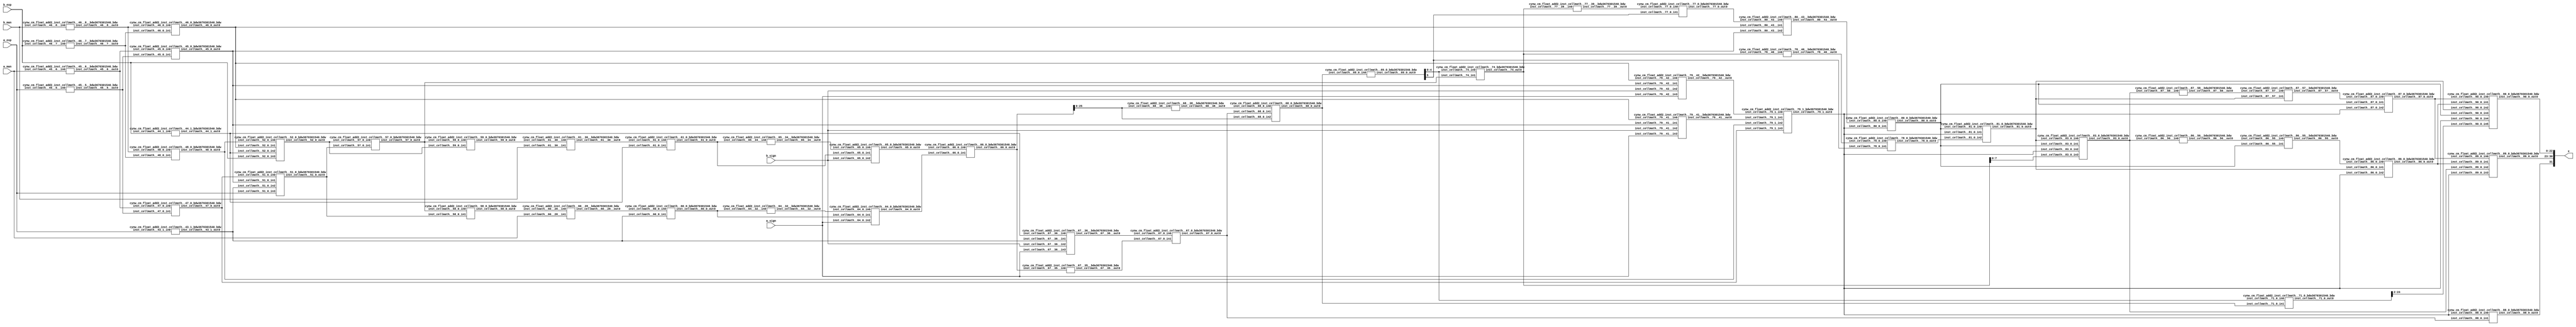
/*****************************************************************************
    Verilog Hierarchical RTL Description
    
    
    Created by: CellMath Designer 2019.1.01 
*******************************************************************************/

module DFT_compute_cynw_cm_float_add2_E8_M23_1 (
	a_sign,
	a_exp,
	a_man,
	b_sign,
	b_exp,
	b_man,
	x
	); /* architecture "behavioural" */ 
input  a_sign;
input [7:0] a_exp;
input [22:0] a_man;
input  b_sign;
input [7:0] b_exp;
input [22:0] b_man;
output [31:0] x;
wire  inst_cellmath__43,
	inst_cellmath__44,
	inst_cellmath__45,
	inst_cellmath__46,
	inst_cellmath__47,
	inst_cellmath__48;
wire [7:0] inst_cellmath__51,
	inst_cellmath__52;
wire [25:0] inst_cellmath__55,
	inst_cellmath__56;
wire [7:0] inst_cellmath__57,
	inst_cellmath__58,
	inst_cellmath__59;
wire [25:0] inst_cellmath__60,
	inst_cellmath__61;
wire [26:0] inst_cellmath__64,
	inst_cellmath__65,
	inst_cellmath__66;
wire  inst_cellmath__67;
wire [25:0] inst_cellmath__68;
wire [5:0] inst_cellmath__69;
wire [25:0] inst_cellmath__71;
wire  inst_cellmath__77,
	inst_cellmath__78,
	inst_cellmath__79,
	inst_cellmath__80,
	inst_cellmath__81;
wire [7:0] inst_cellmath__83;
wire  inst_cellmath__86,
	inst_cellmath__87,
	inst_cellmath__88;
wire [7:0] inst_cellmath__89;
wire [22:0] inst_cellmath__90;
wire [31:0] inst_cellmath__100;
wire [0:0] inst_cellmath__45__5,
	inst_cellmath__45__6,
	inst_cellmath__46__7,
	inst_cellmath__46__8;
wire [25:0] inst_cellmath__60__28,
	inst_cellmath__61__30;
wire [0:0] inst_cellmath__67__35,
	inst_cellmath__67__36;
wire [27:0] inst_cellmath__68__38;
wire [0:0] inst_cellmath__77__39,
	inst_cellmath__78__40,
	inst_cellmath__79__41,
	inst_cellmath__79__42,
	inst_cellmath__80__43,
	inst_cellmath__86__56,
	inst_cellmath__86__55,
	inst_cellmath__87__58,
	inst_cellmath__87__57;
wire [26:0] inst_cellmath__64__32_0,
	inst_cellmath__65__34_0;
wire [9:0] inst_cellmath__74_0;
wire [2:0] inst_cellmath__43_0,
	inst_cellmath__44_0,
	inst_cellmath__79_0,
	inst_cellmath__79_2;
wire [4:0] inst_cellmath__79_3;
cynw_cm_float_add2_inst_cellmath__46__7__bdw3670301540_bdw inst_cellmath__46__7__0(
	.inst_cellmath__46__7__out0(inst_cellmath__46__7),
	.inst_cellmath__46__7__in0(b_exp)
	) ;
cynw_cm_float_add2_inst_cellmath__46__8__bdw3670301540_bdw inst_cellmath__46__8__0(
	.inst_cellmath__46__8__out0(inst_cellmath__46__8),
	.inst_cellmath__46__8__in0(b_man)
	) ;
cynw_cm_float_add2_inst_cellmath__46_0_bdw3670301540_bdw inst_cellmath__46_0_0(
	.inst_cellmath__46_0_out0(inst_cellmath__46),
	.inst_cellmath__46_0_in0(inst_cellmath__46__8),
	.inst_cellmath__46_0_in1(inst_cellmath__46__7)
	) ;
cynw_cm_float_add2_inst_cellmath__45__5__bdw3670301540_bdw inst_cellmath__45__5__0(
	.inst_cellmath__45__5__out0(inst_cellmath__45__5),
	.inst_cellmath__45__5__in0(a_exp)
	) ;
cynw_cm_float_add2_inst_cellmath__45__6__bdw3670301540_bdw inst_cellmath__45__6__0(
	.inst_cellmath__45__6__out0(inst_cellmath__45__6),
	.inst_cellmath__45__6__in0(a_man)
	) ;
cynw_cm_float_add2_inst_cellmath__45_0_bdw3670301540_bdw inst_cellmath__45_0_0(
	.inst_cellmath__45_0_out0(inst_cellmath__45),
	.inst_cellmath__45_0_in0(inst_cellmath__45__6),
	.inst_cellmath__45_0_in1(inst_cellmath__45__5)
	) ;
cynw_cm_float_add2_inst_cellmath__79__42__bdw3670301540_bdw inst_cellmath__79__42__0(
	.inst_cellmath__79__42__out0(inst_cellmath__79__42),
	.inst_cellmath__79__42__in0(inst_cellmath__46),
	.inst_cellmath__79__42__in1(inst_cellmath__45),
	.inst_cellmath__79__42__in2(b_sign),
	.inst_cellmath__79__42__in3(a_sign)
	) ;
cynw_cm_float_add2_inst_cellmath__79__41__bdw3670301540_bdw inst_cellmath__79__41__0(
	.inst_cellmath__79__41__out0(inst_cellmath__79__41),
	.inst_cellmath__79__41__in0(inst_cellmath__46),
	.inst_cellmath__79__41__in1(inst_cellmath__45),
	.inst_cellmath__79__41__in2(b_sign),
	.inst_cellmath__79__41__in3(a_sign)
	) ;
cynw_cm_float_add2_inst_cellmath__47_0_bdw3670301540_bdw inst_cellmath__47_0_0(
	.inst_cellmath__47_0_out0(inst_cellmath__47),
	.inst_cellmath__47_0_in0(inst_cellmath__45__6),
	.inst_cellmath__47_0_in1(inst_cellmath__45__5)
	) ;
cynw_cm_float_add2_inst_cellmath__48_0_bdw3670301540_bdw inst_cellmath__48_0_0(
	.inst_cellmath__48_0_out0(inst_cellmath__48),
	.inst_cellmath__48_0_in0(inst_cellmath__46__8),
	.inst_cellmath__48_0_in1(inst_cellmath__46__7)
	) ;
cynw_cm_float_add2_inst_cellmath__79_1_bdw3670301540_bdw inst_cellmath__79_1_0(
	.inst_cellmath__79_1_out0(inst_cellmath__79),
	.inst_cellmath__79_1_in0(inst_cellmath__79__42),
	.inst_cellmath__79_1_in1(inst_cellmath__79__41),
	.inst_cellmath__79_1_in2(inst_cellmath__48),
	.inst_cellmath__79_1_in3(inst_cellmath__47)
	) ;
cynw_cm_float_add2_inst_cellmath__43_1_bdw3670301540_bdw inst_cellmath__43_1_0(
	.inst_cellmath__43_1_out0(inst_cellmath__43),
	.inst_cellmath__43_1_in0(a_exp)
	) ;

assign inst_cellmath__55 = {2'B01,a_man,1'B0};
cynw_cm_float_add2_inst_cellmath__44_1_bdw3670301540_bdw inst_cellmath__44_1_0(
	.inst_cellmath__44_1_out0(inst_cellmath__44),
	.inst_cellmath__44_1_in0(b_exp)
	) ;

assign inst_cellmath__44_0 = {inst_cellmath__44,inst_cellmath__46,inst_cellmath__48};
cynw_cm_float_add2_inst_cellmath__52_0_bdw3670301540_bdw inst_cellmath__52_0_0(
	.inst_cellmath__52_0_out0(inst_cellmath__52),
	.inst_cellmath__52_0_in0(inst_cellmath__48),
	.inst_cellmath__52_0_in1(inst_cellmath__46),
	.inst_cellmath__52_0_in2(inst_cellmath__44),
	.inst_cellmath__52_0_in3(b_exp)
	) ;

assign inst_cellmath__43_0 = {inst_cellmath__43,inst_cellmath__45,inst_cellmath__47};
cynw_cm_float_add2_inst_cellmath__51_0_bdw3670301540_bdw inst_cellmath__51_0_0(
	.inst_cellmath__51_0_out0(inst_cellmath__51),
	.inst_cellmath__51_0_in0(inst_cellmath__47),
	.inst_cellmath__51_0_in1(inst_cellmath__45),
	.inst_cellmath__51_0_in2(inst_cellmath__43),
	.inst_cellmath__51_0_in3(a_exp)
	) ;
cynw_cm_float_add2_inst_cellmath__57_0_bdw3670301540_bdw inst_cellmath__57_0_0(
	.inst_cellmath__57_0_out0(inst_cellmath__57),
	.inst_cellmath__57_0_in0(inst_cellmath__52),
	.inst_cellmath__57_0_in1(inst_cellmath__51)
	) ;
cynw_cm_float_add2_inst_cellmath__58_0_bdw3670301540_bdw inst_cellmath__58_0_0(
	.inst_cellmath__58_0_out0(inst_cellmath__58),
	.inst_cellmath__58_0_in0(inst_cellmath__57),
	.inst_cellmath__58_0_in1(inst_cellmath__51)
	) ;
cynw_cm_float_add2_inst_cellmath__60__28__bdw3670301540_bdw inst_cellmath__60__28__0(
	.inst_cellmath__60__28__out0(inst_cellmath__60__28),
	.inst_cellmath__60__28__in0(inst_cellmath__58),
	.inst_cellmath__60__28__in1(a_man)
	) ;
cynw_cm_float_add2_inst_cellmath__60_0_bdw3670301540_bdw inst_cellmath__60_0_0(
	.inst_cellmath__60_0_out0(inst_cellmath__60),
	.inst_cellmath__60_0_in0(inst_cellmath__60__28),
	.inst_cellmath__60_0_in1(inst_cellmath__43)
	) ;
cynw_cm_float_add2_inst_cellmath__64__32__bdw3670301540_bdw inst_cellmath__64__32__0(
	.inst_cellmath__64__32__out0(inst_cellmath__64__32_0),
	.inst_cellmath__64__32__in0(inst_cellmath__60)
	) ;
cynw_cm_float_add2_inst_cellmath__64_0_bdw3670301540_bdw inst_cellmath__64_0_0(
	.inst_cellmath__64_0_out0(inst_cellmath__64),
	.inst_cellmath__64_0_in0(inst_cellmath__64__32_0),
	.inst_cellmath__64_0_in1(inst_cellmath__60),
	.inst_cellmath__64_0_in2(a_sign)
	) ;

assign inst_cellmath__56 = {2'B01,b_man,1'B0};
cynw_cm_float_add2_inst_cellmath__59_0_bdw3670301540_bdw inst_cellmath__59_0_0(
	.inst_cellmath__59_0_out0(inst_cellmath__59),
	.inst_cellmath__59_0_in0(inst_cellmath__57),
	.inst_cellmath__59_0_in1(inst_cellmath__52)
	) ;
cynw_cm_float_add2_inst_cellmath__61__30__bdw3670301540_bdw inst_cellmath__61__30__0(
	.inst_cellmath__61__30__out0(inst_cellmath__61__30),
	.inst_cellmath__61__30__in0(inst_cellmath__59),
	.inst_cellmath__61__30__in1(b_man)
	) ;
cynw_cm_float_add2_inst_cellmath__61_0_bdw3670301540_bdw inst_cellmath__61_0_0(
	.inst_cellmath__61_0_out0(inst_cellmath__61),
	.inst_cellmath__61_0_in0(inst_cellmath__61__30),
	.inst_cellmath__61_0_in1(inst_cellmath__44)
	) ;
cynw_cm_float_add2_inst_cellmath__65__34__bdw3670301540_bdw inst_cellmath__65__34__0(
	.inst_cellmath__65__34__out0(inst_cellmath__65__34_0),
	.inst_cellmath__65__34__in0(inst_cellmath__61)
	) ;
cynw_cm_float_add2_inst_cellmath__65_0_bdw3670301540_bdw inst_cellmath__65_0_0(
	.inst_cellmath__65_0_out0(inst_cellmath__65),
	.inst_cellmath__65_0_in0(inst_cellmath__65__34_0),
	.inst_cellmath__65_0_in1(inst_cellmath__61),
	.inst_cellmath__65_0_in2(b_sign)
	) ;
cynw_cm_float_add2_inst_cellmath__66_0_bdw3670301540_bdw inst_cellmath__66_0_0(
	.inst_cellmath__66_0_out0(inst_cellmath__66),
	.inst_cellmath__66_0_in0(inst_cellmath__65),
	.inst_cellmath__66_0_in1(inst_cellmath__64)
	) ;
cynw_cm_float_add2_inst_cellmath__67__35__bdw3670301540_bdw inst_cellmath__67__35__0(
	.inst_cellmath__67__35__out0(inst_cellmath__67__35),
	.inst_cellmath__67__35__in0(inst_cellmath__66)
	) ;
cynw_cm_float_add2_inst_cellmath__67__36__bdw3670301540_bdw inst_cellmath__67__36__0(
	.inst_cellmath__67__36__out0(inst_cellmath__67__36),
	.inst_cellmath__67__36__in0(inst_cellmath__44),
	.inst_cellmath__67__36__in1(inst_cellmath__43),
	.inst_cellmath__67__36__in2(b_sign),
	.inst_cellmath__67__36__in3(a_sign)
	) ;
cynw_cm_float_add2_inst_cellmath__67_0_bdw3670301540_bdw inst_cellmath__67_0_0(
	.inst_cellmath__67_0_out0(inst_cellmath__67),
	.inst_cellmath__67_0_in0(inst_cellmath__67__36),
	.inst_cellmath__67_0_in1(inst_cellmath__67__35)
	) ;
cynw_cm_float_add2_inst_cellmath__88_0_bdw3670301540_bdw inst_cellmath__88_0_0(
	.inst_cellmath__88_0_out0(inst_cellmath__88),
	.inst_cellmath__88_0_in0(inst_cellmath__79),
	.inst_cellmath__88_0_in1(inst_cellmath__67)
	) ;
cynw_cm_float_add2_inst_cellmath__68__38__bdw3670301540_bdw inst_cellmath__68__38__0(
	.inst_cellmath__68__38__out0(inst_cellmath__68__38[25:0]),
	.inst_cellmath__68__38__in0(inst_cellmath__66[25:0])
	) ;
cynw_cm_float_add2_inst_cellmath__68_0_bdw3670301540_bdw inst_cellmath__68_0_0(
	.inst_cellmath__68_0_out0(inst_cellmath__68),
	.inst_cellmath__68_0_in0(inst_cellmath__68__38[25:0]),
	.inst_cellmath__68_0_in1(inst_cellmath__67),
	.inst_cellmath__68_0_in2(inst_cellmath__66[25:0])
	) ;
cynw_cm_float_add2_inst_cellmath__69_0_bdw3670301540_bdw inst_cellmath__69_0_0(
	.inst_cellmath__69_0_out0(inst_cellmath__69),
	.inst_cellmath__69_0_in0(inst_cellmath__68)
	) ;
cynw_cm_float_add2_inst_cellmath__74_bdw3670301540_bdw inst_cellmath__74_1(
	.inst_cellmath__74_out0(inst_cellmath__74_0),
	.inst_cellmath__74_in0(inst_cellmath__69[4:0]),
	.inst_cellmath__74_in1(inst_cellmath__57)
	) ;
cynw_cm_float_add2_inst_cellmath__77__39__bdw3670301540_bdw inst_cellmath__77__39__0(
	.inst_cellmath__77__39__out0(inst_cellmath__77__39),
	.inst_cellmath__77__39__in0(inst_cellmath__74_0)
	) ;
cynw_cm_float_add2_inst_cellmath__77_0_bdw3670301540_bdw inst_cellmath__77_0_0(
	.inst_cellmath__77_0_out0(inst_cellmath__77),
	.inst_cellmath__77_0_in0(inst_cellmath__77__39),
	.inst_cellmath__77_0_in1(inst_cellmath__69[5])
	) ;
cynw_cm_float_add2_inst_cellmath__80__43__bdw3670301540_bdw inst_cellmath__80__43__0(
	.inst_cellmath__80__43__out0(inst_cellmath__80__43),
	.inst_cellmath__80__43__in0(inst_cellmath__77),
	.inst_cellmath__80__43__in1(inst_cellmath__46),
	.inst_cellmath__80__43__in2(inst_cellmath__45)
	) ;
cynw_cm_float_add2_inst_cellmath__80_0_bdw3670301540_bdw inst_cellmath__80_0_0(
	.inst_cellmath__80_0_out0(inst_cellmath__80),
	.inst_cellmath__80_0_in0(inst_cellmath__80__43),
	.inst_cellmath__80_0_in1(inst_cellmath__79)
	) ;
cynw_cm_float_add2_inst_cellmath__78__40__bdw3670301540_bdw inst_cellmath__78__40__0(
	.inst_cellmath__78__40__out0(inst_cellmath__78__40),
	.inst_cellmath__78__40__in0(inst_cellmath__74_0)
	) ;
cynw_cm_float_add2_inst_cellmath__78_0_bdw3670301540_bdw inst_cellmath__78_0_0(
	.inst_cellmath__78_0_out0(inst_cellmath__78),
	.inst_cellmath__78_0_in0(inst_cellmath__78__40),
	.inst_cellmath__78_0_in1(inst_cellmath__69[5])
	) ;
cynw_cm_float_add2_inst_cellmath__81_0_bdw3670301540_bdw inst_cellmath__81_0_0(
	.inst_cellmath__81_0_out0(inst_cellmath__81),
	.inst_cellmath__81_0_in0(inst_cellmath__80),
	.inst_cellmath__81_0_in1(inst_cellmath__79),
	.inst_cellmath__81_0_in2(inst_cellmath__78)
	) ;

assign inst_cellmath__79_0 = {inst_cellmath__79,inst_cellmath__80,inst_cellmath__81};
cynw_cm_float_add2_inst_cellmath__83_0_bdw3670301540_bdw inst_cellmath__83_0_0(
	.inst_cellmath__83_0_out0(inst_cellmath__83),
	.inst_cellmath__83_0_in0(inst_cellmath__81),
	.inst_cellmath__83_0_in1(inst_cellmath__80),
	.inst_cellmath__83_0_in2(inst_cellmath__79),
	.inst_cellmath__83_0_in3(inst_cellmath__74_0[7:0])
	) ;
cynw_cm_float_add2_inst_cellmath__86__56__bdw3670301540_bdw inst_cellmath__86__56__0(
	.inst_cellmath__86__56__out0(inst_cellmath__86__56),
	.inst_cellmath__86__56__in0(inst_cellmath__83)
	) ;
cynw_cm_float_add2_inst_cellmath__86__55__bdw3670301540_bdw inst_cellmath__86__55__0(
	.inst_cellmath__86__55__out0(inst_cellmath__86__55),
	.inst_cellmath__86__55__in0(inst_cellmath__86__56),
	.inst_cellmath__86__55__in1(inst_cellmath__80)
	) ;
cynw_cm_float_add2_inst_cellmath__86_0_bdw3670301540_bdw inst_cellmath__86_0_0(
	.inst_cellmath__86_0_out0(inst_cellmath__86),
	.inst_cellmath__86_0_in0(inst_cellmath__86__55),
	.inst_cellmath__86_0_in1(inst_cellmath__81),
	.inst_cellmath__86_0_in2(inst_cellmath__79)
	) ;
cynw_cm_float_add2_inst_cellmath__87__58__bdw3670301540_bdw inst_cellmath__87__58__0(
	.inst_cellmath__87__58__out0(inst_cellmath__87__58),
	.inst_cellmath__87__58__in0(inst_cellmath__83)
	) ;
cynw_cm_float_add2_inst_cellmath__87__57__bdw3670301540_bdw inst_cellmath__87__57__0(
	.inst_cellmath__87__57__out0(inst_cellmath__87__57),
	.inst_cellmath__87__57__in0(inst_cellmath__87__58),
	.inst_cellmath__87__57__in1(inst_cellmath__81)
	) ;
cynw_cm_float_add2_inst_cellmath__87_0_bdw3670301540_bdw inst_cellmath__87_0_0(
	.inst_cellmath__87_0_out0(inst_cellmath__87),
	.inst_cellmath__87_0_in0(inst_cellmath__87__57),
	.inst_cellmath__87_0_in1(inst_cellmath__80),
	.inst_cellmath__87_0_in2(inst_cellmath__79)
	) ;

assign inst_cellmath__79_2 = {inst_cellmath__79,inst_cellmath__86,inst_cellmath__87};
cynw_cm_float_add2_inst_cellmath__89_0_bdw3670301540_bdw inst_cellmath__89_0_0(
	.inst_cellmath__89_0_out0(inst_cellmath__89),
	.inst_cellmath__89_0_in0(inst_cellmath__87),
	.inst_cellmath__89_0_in1(inst_cellmath__86),
	.inst_cellmath__89_0_in2(inst_cellmath__83),
	.inst_cellmath__89_0_in3(inst_cellmath__79)
	) ;

assign inst_cellmath__79_3 = {inst_cellmath__79,inst_cellmath__86,inst_cellmath__87,inst_cellmath__80,inst_cellmath__81};
cynw_cm_float_add2_inst_cellmath__71_0_bdw3670301540_bdw inst_cellmath__71_0_0(
	.inst_cellmath__71_0_out0(inst_cellmath__71[24:0]),
	.inst_cellmath__71_0_in0(inst_cellmath__69[4:0]),
	.inst_cellmath__71_0_in1(inst_cellmath__68)
	) ;
cynw_cm_float_add2_inst_cellmath__90_0_bdw3670301540_bdw inst_cellmath__90_0_0(
	.inst_cellmath__90_0_out0(inst_cellmath__90),
	.inst_cellmath__90_0_in0(inst_cellmath__87),
	.inst_cellmath__90_0_in1(inst_cellmath__86),
	.inst_cellmath__90_0_in2(inst_cellmath__81),
	.inst_cellmath__90_0_in3(inst_cellmath__80),
	.inst_cellmath__90_0_in4(inst_cellmath__79),
	.inst_cellmath__90_0_in5(inst_cellmath__71[24:2])
	) ;

assign inst_cellmath__100 = {inst_cellmath__88,inst_cellmath__89,inst_cellmath__90};

assign x = inst_cellmath__100;
endmodule

module cynw_cm_float_add2_inst_cellmath__46__7__bdw3670301540_bdw (
	inst_cellmath__46__7__out0,
	inst_cellmath__46__7__in0
	); /* architecture "behavioural" */ 
output [0:0] inst_cellmath__46__7__out0;
input [7:0] inst_cellmath__46__7__in0;

assign inst_cellmath__46__7__out0 = (13'B0000011111110==(inst_cellmath__46__7__in0 - 13'B0000000000001));
endmodule

module cynw_cm_float_add2_inst_cellmath__46__8__bdw3670301540_bdw (
	inst_cellmath__46__8__out0,
	inst_cellmath__46__8__in0
	); /* architecture "behavioural" */ 
output [0:0] inst_cellmath__46__8__out0;
input [22:0] inst_cellmath__46__8__in0;

assign inst_cellmath__46__8__out0 = (27'B000000000000000000000000000==inst_cellmath__46__8__in0);
endmodule

module cynw_cm_float_add2_inst_cellmath__46_0_bdw3670301540_bdw (
	inst_cellmath__46_0_out0,
	inst_cellmath__46_0_in0,
	inst_cellmath__46_0_in1
	); /* architecture "behavioural" */ 
output  inst_cellmath__46_0_out0;
input [0:0] inst_cellmath__46_0_in0,
	inst_cellmath__46_0_in1;

assign inst_cellmath__46_0_out0 = 
	(inst_cellmath__46_0_in1)
	&(inst_cellmath__46_0_in0);
endmodule

module cynw_cm_float_add2_inst_cellmath__45__5__bdw3670301540_bdw (
	inst_cellmath__45__5__out0,
	inst_cellmath__45__5__in0
	); /* architecture "behavioural" */ 
output [0:0] inst_cellmath__45__5__out0;
input [7:0] inst_cellmath__45__5__in0;

assign inst_cellmath__45__5__out0 = (13'B0000011111110==(inst_cellmath__45__5__in0 - 13'B0000000000001));
endmodule

module cynw_cm_float_add2_inst_cellmath__45__6__bdw3670301540_bdw (
	inst_cellmath__45__6__out0,
	inst_cellmath__45__6__in0
	); /* architecture "behavioural" */ 
output [0:0] inst_cellmath__45__6__out0;
input [22:0] inst_cellmath__45__6__in0;

assign inst_cellmath__45__6__out0 = (27'B000000000000000000000000000==inst_cellmath__45__6__in0);
endmodule

module cynw_cm_float_add2_inst_cellmath__45_0_bdw3670301540_bdw (
	inst_cellmath__45_0_out0,
	inst_cellmath__45_0_in0,
	inst_cellmath__45_0_in1
	); /* architecture "behavioural" */ 
output  inst_cellmath__45_0_out0;
input [0:0] inst_cellmath__45_0_in0,
	inst_cellmath__45_0_in1;

assign inst_cellmath__45_0_out0 = 
	(inst_cellmath__45_0_in1)
	&(inst_cellmath__45_0_in0);
endmodule

module cynw_cm_float_add2_inst_cellmath__79__42__bdw3670301540_bdw (
	inst_cellmath__79__42__out0,
	inst_cellmath__79__42__in0,
	inst_cellmath__79__42__in1,
	inst_cellmath__79__42__in2,
	inst_cellmath__79__42__in3
	); /* architecture "behavioural" */ 
output [0:0] inst_cellmath__79__42__out0;
input  inst_cellmath__79__42__in0,
	inst_cellmath__79__42__in1,
	inst_cellmath__79__42__in2,
	inst_cellmath__79__42__in3;

assign inst_cellmath__79__42__out0 = 
	(inst_cellmath__79__42__in0)
	&((~inst_cellmath__79__42__in2))
	&(inst_cellmath__79__42__in3)
	&(inst_cellmath__79__42__in1);
endmodule

module cynw_cm_float_add2_inst_cellmath__79__41__bdw3670301540_bdw (
	inst_cellmath__79__41__out0,
	inst_cellmath__79__41__in0,
	inst_cellmath__79__41__in1,
	inst_cellmath__79__41__in2,
	inst_cellmath__79__41__in3
	); /* architecture "behavioural" */ 
output [0:0] inst_cellmath__79__41__out0;
input  inst_cellmath__79__41__in0,
	inst_cellmath__79__41__in1,
	inst_cellmath__79__41__in2,
	inst_cellmath__79__41__in3;

assign inst_cellmath__79__41__out0 = 
	(inst_cellmath__79__41__in0)
	&(inst_cellmath__79__41__in2)
	&((~inst_cellmath__79__41__in3))
	&(inst_cellmath__79__41__in1);
endmodule

module cynw_cm_float_add2_inst_cellmath__47_0_bdw3670301540_bdw (
	inst_cellmath__47_0_out0,
	inst_cellmath__47_0_in0,
	inst_cellmath__47_0_in1
	); /* architecture "behavioural" */ 
output  inst_cellmath__47_0_out0;
input [0:0] inst_cellmath__47_0_in0,
	inst_cellmath__47_0_in1;

assign inst_cellmath__47_0_out0 = 
	(inst_cellmath__47_0_in1)
	&((~inst_cellmath__47_0_in0));
endmodule

module cynw_cm_float_add2_inst_cellmath__48_0_bdw3670301540_bdw (
	inst_cellmath__48_0_out0,
	inst_cellmath__48_0_in0,
	inst_cellmath__48_0_in1
	); /* architecture "behavioural" */ 
output  inst_cellmath__48_0_out0;
input [0:0] inst_cellmath__48_0_in0,
	inst_cellmath__48_0_in1;

assign inst_cellmath__48_0_out0 = 
	(inst_cellmath__48_0_in1)
	&((~inst_cellmath__48_0_in0));
endmodule

module cynw_cm_float_add2_inst_cellmath__79_1_bdw3670301540_bdw (
	inst_cellmath__79_1_out0,
	inst_cellmath__79_1_in0,
	inst_cellmath__79_1_in1,
	inst_cellmath__79_1_in2,
	inst_cellmath__79_1_in3
	); /* architecture "behavioural" */ 
output  inst_cellmath__79_1_out0;
input [0:0] inst_cellmath__79_1_in0,
	inst_cellmath__79_1_in1;
input  inst_cellmath__79_1_in2,
	inst_cellmath__79_1_in3;

assign inst_cellmath__79_1_out0 = 
	(inst_cellmath__79_1_in0)
	|(inst_cellmath__79_1_in1)
	|(inst_cellmath__79_1_in3)
	|(inst_cellmath__79_1_in2);
endmodule

module cynw_cm_float_add2_inst_cellmath__43_1_bdw3670301540_bdw (
	inst_cellmath__43_1_out0,
	inst_cellmath__43_1_in0
	); /* architecture "behavioural" */ 
output  inst_cellmath__43_1_out0;
input [7:0] inst_cellmath__43_1_in0;

assign inst_cellmath__43_1_out0 = (12'B000000000000==inst_cellmath__43_1_in0);
endmodule

module cynw_cm_float_add2_inst_cellmath__44_1_bdw3670301540_bdw (
	inst_cellmath__44_1_out0,
	inst_cellmath__44_1_in0
	); /* architecture "behavioural" */ 
output  inst_cellmath__44_1_out0;
input [7:0] inst_cellmath__44_1_in0;

assign inst_cellmath__44_1_out0 = (12'B000000000000==inst_cellmath__44_1_in0);
endmodule

module cynw_cm_float_add2_inst_cellmath__52_0_bdw3670301540_bdw (
	inst_cellmath__52_0_out0,
	inst_cellmath__52_0_in0,
	inst_cellmath__52_0_in1,
	inst_cellmath__52_0_in2,
	inst_cellmath__52_0_in3
	); /* architecture "behavioural" */ 
output [7:0] inst_cellmath__52_0_out0;
input  inst_cellmath__52_0_in0,
	inst_cellmath__52_0_in1,
	inst_cellmath__52_0_in2;
input [7:0] inst_cellmath__52_0_in3;
wire [2:0] inst_cellmath__44_0;

assign inst_cellmath__44_0 = {inst_cellmath__52_0_in2,inst_cellmath__52_0_in1,inst_cellmath__52_0_in0};

reg [7:0] inst_cellmath__52_0_out0_tmp_0;
assign inst_cellmath__52_0_out0 = inst_cellmath__52_0_out0_tmp_0;
always @ (inst_cellmath__44_0 or inst_cellmath__52_0_in3) begin
	casez (inst_cellmath__44_0)
		3'B000 : inst_cellmath__52_0_out0_tmp_0 = inst_cellmath__52_0_in3 ;
		3'B001 : inst_cellmath__52_0_out0_tmp_0 = 8'B11111111 ;
		3'B01? : inst_cellmath__52_0_out0_tmp_0 = 8'B11111111 ;
		default : inst_cellmath__52_0_out0_tmp_0 = {8{1'b0}} ;
	endcase
end
endmodule

module cynw_cm_float_add2_inst_cellmath__51_0_bdw3670301540_bdw (
	inst_cellmath__51_0_out0,
	inst_cellmath__51_0_in0,
	inst_cellmath__51_0_in1,
	inst_cellmath__51_0_in2,
	inst_cellmath__51_0_in3
	); /* architecture "behavioural" */ 
output [7:0] inst_cellmath__51_0_out0;
input  inst_cellmath__51_0_in0,
	inst_cellmath__51_0_in1,
	inst_cellmath__51_0_in2;
input [7:0] inst_cellmath__51_0_in3;
wire [2:0] inst_cellmath__43_0;

assign inst_cellmath__43_0 = {inst_cellmath__51_0_in2,inst_cellmath__51_0_in1,inst_cellmath__51_0_in0};

reg [7:0] inst_cellmath__51_0_out0_tmp_0;
assign inst_cellmath__51_0_out0 = inst_cellmath__51_0_out0_tmp_0;
always @ (inst_cellmath__43_0 or inst_cellmath__51_0_in3) begin
	casez (inst_cellmath__43_0)
		3'B000 : inst_cellmath__51_0_out0_tmp_0 = inst_cellmath__51_0_in3 ;
		3'B001 : inst_cellmath__51_0_out0_tmp_0 = 8'B11111111 ;
		3'B01? : inst_cellmath__51_0_out0_tmp_0 = 8'B11111111 ;
		default : inst_cellmath__51_0_out0_tmp_0 = {8{1'b0}} ;
	endcase
end
endmodule

module cynw_cm_float_add2_inst_cellmath__57_0_bdw3670301540_bdw (
	inst_cellmath__57_0_out0,
	inst_cellmath__57_0_in0,
	inst_cellmath__57_0_in1
	); /* architecture "behavioural" */ 
output [7:0] inst_cellmath__57_0_out0;
input [7:0] inst_cellmath__57_0_in0,
	inst_cellmath__57_0_in1;

wire [8:0] inst_cellmath__57_0_out0_tmp_0;
assign inst_cellmath__57_0_out0_tmp_0 = inst_cellmath__57_0_in0;
wire [8:0] inst_cellmath__57_0_out0_tmp_1;
assign inst_cellmath__57_0_out0_tmp_1 = (((inst_cellmath__57_0_in1) ^ (9'B1<<8)) > (inst_cellmath__57_0_out0_tmp_0 ^ (9'B1<<8))) ? inst_cellmath__57_0_in1  : inst_cellmath__57_0_out0_tmp_0;
assign inst_cellmath__57_0_out0 = inst_cellmath__57_0_out0_tmp_1;
endmodule

module cynw_cm_float_add2_inst_cellmath__58_0_bdw3670301540_bdw (
	inst_cellmath__58_0_out0,
	inst_cellmath__58_0_in0,
	inst_cellmath__58_0_in1
	); /* architecture "behavioural" */ 
output [7:0] inst_cellmath__58_0_out0;
input [7:0] inst_cellmath__58_0_in0,
	inst_cellmath__58_0_in1;

assign inst_cellmath__58_0_out0 = 
	+(inst_cellmath__58_0_in0)
	-(inst_cellmath__58_0_in1);
endmodule

module cynw_cm_float_add2_inst_cellmath__60__28__bdw3670301540_bdw (
	inst_cellmath__60__28__out0,
	inst_cellmath__60__28__in0,
	inst_cellmath__60__28__in1
	); /* architecture "behavioural" */ 
output [25:0] inst_cellmath__60__28__out0;
input [7:0] inst_cellmath__60__28__in0;
input [22:0] inst_cellmath__60__28__in1;
wire [25:0] inst_cellmath__55;

assign inst_cellmath__55 = {2'B01,inst_cellmath__60__28__in1,1'B0};

assign inst_cellmath__60__28__out0 = inst_cellmath__55 >> {|inst_cellmath__60__28__in0[7:5], inst_cellmath__60__28__in0[4:0]};
endmodule

module cynw_cm_float_add2_inst_cellmath__60_0_bdw3670301540_bdw (
	inst_cellmath__60_0_out0,
	inst_cellmath__60_0_in0,
	inst_cellmath__60_0_in1
	); /* architecture "behavioural" */ 
output [25:0] inst_cellmath__60_0_out0;
input [25:0] inst_cellmath__60_0_in0;
input  inst_cellmath__60_0_in1;

reg [25:0] inst_cellmath__60_0_out0_tmp_0;
assign inst_cellmath__60_0_out0 = inst_cellmath__60_0_out0_tmp_0;
always @ (inst_cellmath__60_0_in1 or inst_cellmath__60_0_in0) begin
	case (inst_cellmath__60_0_in1)
		1'B0 : inst_cellmath__60_0_out0_tmp_0 = inst_cellmath__60_0_in0 ;
		default : inst_cellmath__60_0_out0_tmp_0 = {26{1'b0}} ;
	endcase
end
endmodule

module cynw_cm_float_add2_inst_cellmath__64__32__bdw3670301540_bdw (
	inst_cellmath__64__32__out0,
	inst_cellmath__64__32__in0
	); /* architecture "behavioural" */ 
output [26:0] inst_cellmath__64__32__out0;
input [25:0] inst_cellmath__64__32__in0;

assign inst_cellmath__64__32__out0 = 
	-(inst_cellmath__64__32__in0);
endmodule

module cynw_cm_float_add2_inst_cellmath__64_0_bdw3670301540_bdw (
	inst_cellmath__64_0_out0,
	inst_cellmath__64_0_in0,
	inst_cellmath__64_0_in1,
	inst_cellmath__64_0_in2
	); /* architecture "behavioural" */ 
output [26:0] inst_cellmath__64_0_out0;
input [26:0] inst_cellmath__64_0_in0;
input [25:0] inst_cellmath__64_0_in1;
input  inst_cellmath__64_0_in2;

reg [26:0] inst_cellmath__64_0_out0_tmp_0;
assign inst_cellmath__64_0_out0 = inst_cellmath__64_0_out0_tmp_0;
always @ (inst_cellmath__64_0_in2 or inst_cellmath__64_0_in1 or inst_cellmath__64_0_in0) begin
	case (inst_cellmath__64_0_in2)
		1'B0 : inst_cellmath__64_0_out0_tmp_0 = inst_cellmath__64_0_in1 ;
		default : inst_cellmath__64_0_out0_tmp_0 = inst_cellmath__64_0_in0 ;
	endcase
end
endmodule

module cynw_cm_float_add2_inst_cellmath__59_0_bdw3670301540_bdw (
	inst_cellmath__59_0_out0,
	inst_cellmath__59_0_in0,
	inst_cellmath__59_0_in1
	); /* architecture "behavioural" */ 
output [7:0] inst_cellmath__59_0_out0;
input [7:0] inst_cellmath__59_0_in0,
	inst_cellmath__59_0_in1;

assign inst_cellmath__59_0_out0 = 
	+(inst_cellmath__59_0_in0)
	-(inst_cellmath__59_0_in1);
endmodule

module cynw_cm_float_add2_inst_cellmath__61__30__bdw3670301540_bdw (
	inst_cellmath__61__30__out0,
	inst_cellmath__61__30__in0,
	inst_cellmath__61__30__in1
	); /* architecture "behavioural" */ 
output [25:0] inst_cellmath__61__30__out0;
input [7:0] inst_cellmath__61__30__in0;
input [22:0] inst_cellmath__61__30__in1;
wire [25:0] inst_cellmath__56;

assign inst_cellmath__56 = {2'B01,inst_cellmath__61__30__in1,1'B0};

assign inst_cellmath__61__30__out0 = inst_cellmath__56 >> {|inst_cellmath__61__30__in0[7:5], inst_cellmath__61__30__in0[4:0]};
endmodule

module cynw_cm_float_add2_inst_cellmath__61_0_bdw3670301540_bdw (
	inst_cellmath__61_0_out0,
	inst_cellmath__61_0_in0,
	inst_cellmath__61_0_in1
	); /* architecture "behavioural" */ 
output [25:0] inst_cellmath__61_0_out0;
input [25:0] inst_cellmath__61_0_in0;
input  inst_cellmath__61_0_in1;

reg [25:0] inst_cellmath__61_0_out0_tmp_0;
assign inst_cellmath__61_0_out0 = inst_cellmath__61_0_out0_tmp_0;
always @ (inst_cellmath__61_0_in1 or inst_cellmath__61_0_in0) begin
	case (inst_cellmath__61_0_in1)
		1'B0 : inst_cellmath__61_0_out0_tmp_0 = inst_cellmath__61_0_in0 ;
		default : inst_cellmath__61_0_out0_tmp_0 = {26{1'b0}} ;
	endcase
end
endmodule

module cynw_cm_float_add2_inst_cellmath__65__34__bdw3670301540_bdw (
	inst_cellmath__65__34__out0,
	inst_cellmath__65__34__in0
	); /* architecture "behavioural" */ 
output [26:0] inst_cellmath__65__34__out0;
input [25:0] inst_cellmath__65__34__in0;

assign inst_cellmath__65__34__out0 = 
	-(inst_cellmath__65__34__in0);
endmodule

module cynw_cm_float_add2_inst_cellmath__65_0_bdw3670301540_bdw (
	inst_cellmath__65_0_out0,
	inst_cellmath__65_0_in0,
	inst_cellmath__65_0_in1,
	inst_cellmath__65_0_in2
	); /* architecture "behavioural" */ 
output [26:0] inst_cellmath__65_0_out0;
input [26:0] inst_cellmath__65_0_in0;
input [25:0] inst_cellmath__65_0_in1;
input  inst_cellmath__65_0_in2;

reg [26:0] inst_cellmath__65_0_out0_tmp_0;
assign inst_cellmath__65_0_out0 = inst_cellmath__65_0_out0_tmp_0;
always @ (inst_cellmath__65_0_in2 or inst_cellmath__65_0_in1 or inst_cellmath__65_0_in0) begin
	case (inst_cellmath__65_0_in2)
		1'B0 : inst_cellmath__65_0_out0_tmp_0 = inst_cellmath__65_0_in1 ;
		default : inst_cellmath__65_0_out0_tmp_0 = inst_cellmath__65_0_in0 ;
	endcase
end
endmodule

module cynw_cm_float_add2_inst_cellmath__66_0_bdw3670301540_bdw (
	inst_cellmath__66_0_out0,
	inst_cellmath__66_0_in0,
	inst_cellmath__66_0_in1
	); /* architecture "behavioural" */ 
output [26:0] inst_cellmath__66_0_out0;
input [26:0] inst_cellmath__66_0_in0,
	inst_cellmath__66_0_in1;

assign inst_cellmath__66_0_out0 = 
	+(inst_cellmath__66_0_in1)
	+(inst_cellmath__66_0_in0);
endmodule

module cynw_cm_float_add2_inst_cellmath__67__35__bdw3670301540_bdw (
	inst_cellmath__67__35__out0,
	inst_cellmath__67__35__in0
	); /* architecture "behavioural" */ 
output [0:0] inst_cellmath__67__35__out0;
input [26:0] inst_cellmath__67__35__in0;

assign inst_cellmath__67__35__out0 = ((31'B1000000000000000000000000000000 ^ 31'B0000000000000000000000000000000)>(31'B1000000000000000000000000000000 ^ {{4{inst_cellmath__67__35__in0[26]}}, inst_cellmath__67__35__in0}));
endmodule

module cynw_cm_float_add2_inst_cellmath__67__36__bdw3670301540_bdw (
	inst_cellmath__67__36__out0,
	inst_cellmath__67__36__in0,
	inst_cellmath__67__36__in1,
	inst_cellmath__67__36__in2,
	inst_cellmath__67__36__in3
	); /* architecture "behavioural" */ 
output [0:0] inst_cellmath__67__36__out0;
input  inst_cellmath__67__36__in0,
	inst_cellmath__67__36__in1,
	inst_cellmath__67__36__in2,
	inst_cellmath__67__36__in3;

assign inst_cellmath__67__36__out0 = 
	(inst_cellmath__67__36__in2)
	&(inst_cellmath__67__36__in0)
	&(inst_cellmath__67__36__in1)
	&(inst_cellmath__67__36__in3);
endmodule

module cynw_cm_float_add2_inst_cellmath__67_0_bdw3670301540_bdw (
	inst_cellmath__67_0_out0,
	inst_cellmath__67_0_in0,
	inst_cellmath__67_0_in1
	); /* architecture "behavioural" */ 
output  inst_cellmath__67_0_out0;
input [0:0] inst_cellmath__67_0_in0,
	inst_cellmath__67_0_in1;

assign inst_cellmath__67_0_out0 = 
	(inst_cellmath__67_0_in1)
	|(inst_cellmath__67_0_in0);
endmodule

module cynw_cm_float_add2_inst_cellmath__88_0_bdw3670301540_bdw (
	inst_cellmath__88_0_out0,
	inst_cellmath__88_0_in0,
	inst_cellmath__88_0_in1
	); /* architecture "behavioural" */ 
output  inst_cellmath__88_0_out0;
input  inst_cellmath__88_0_in0,
	inst_cellmath__88_0_in1;

reg [0:0] inst_cellmath__88_0_out0_tmp_0;
assign inst_cellmath__88_0_out0 = inst_cellmath__88_0_out0_tmp_0;
always @ (inst_cellmath__88_0_in0 or inst_cellmath__88_0_in1) begin
	case (inst_cellmath__88_0_in0)
		1'B0 : inst_cellmath__88_0_out0_tmp_0 = inst_cellmath__88_0_in1 ;
		default : inst_cellmath__88_0_out0_tmp_0 = {1{1'b0}} ;
	endcase
end
endmodule

module cynw_cm_float_add2_inst_cellmath__68__38__bdw3670301540_bdw (
	inst_cellmath__68__38__out0,
	inst_cellmath__68__38__in0
	); /* architecture "behavioural" */ 
output [25:0] inst_cellmath__68__38__out0;
input [25:0] inst_cellmath__68__38__in0;

assign inst_cellmath__68__38__out0 = 
	-(inst_cellmath__68__38__in0);
endmodule

module cynw_cm_float_add2_inst_cellmath__68_0_bdw3670301540_bdw (
	inst_cellmath__68_0_out0,
	inst_cellmath__68_0_in0,
	inst_cellmath__68_0_in1,
	inst_cellmath__68_0_in2
	); /* architecture "behavioural" */ 
output [25:0] inst_cellmath__68_0_out0;
input [25:0] inst_cellmath__68_0_in0;
input  inst_cellmath__68_0_in1;
input [25:0] inst_cellmath__68_0_in2;

reg [25:0] inst_cellmath__68_0_out0_tmp_0;
assign inst_cellmath__68_0_out0 = inst_cellmath__68_0_out0_tmp_0;
always @ (inst_cellmath__68_0_in1 or inst_cellmath__68_0_in2 or inst_cellmath__68_0_in0) begin
	case (inst_cellmath__68_0_in1)
		1'B0 : inst_cellmath__68_0_out0_tmp_0 = inst_cellmath__68_0_in2 ;
		default : inst_cellmath__68_0_out0_tmp_0 = inst_cellmath__68_0_in0 ;
	endcase
end
endmodule

module cynw_cm_float_add2_inst_cellmath__69_0_bdw3670301540_bdw (
	inst_cellmath__69_0_out0,
	inst_cellmath__69_0_in0
	); /* architecture "behavioural" */ 
output [5:0] inst_cellmath__69_0_out0;
input [25:0] inst_cellmath__69_0_in0;

reg [5:0] inst_cellmath__69_0_out0_tmp_0;
assign inst_cellmath__69_0_out0 = inst_cellmath__69_0_out0_tmp_0;
always @ (inst_cellmath__69_0_in0) begin
	casez (inst_cellmath__69_0_in0)
		26'B1????????????????????????? : inst_cellmath__69_0_out0_tmp_0 = 6'B000000 ;
		26'B01???????????????????????? : inst_cellmath__69_0_out0_tmp_0 = 6'B000001 ;
		26'B001??????????????????????? : inst_cellmath__69_0_out0_tmp_0 = 6'B000010 ;
		26'B0001?????????????????????? : inst_cellmath__69_0_out0_tmp_0 = 6'B000011 ;
		26'B00001????????????????????? : inst_cellmath__69_0_out0_tmp_0 = 6'B000100 ;
		26'B000001???????????????????? : inst_cellmath__69_0_out0_tmp_0 = 6'B000101 ;
		26'B0000001??????????????????? : inst_cellmath__69_0_out0_tmp_0 = 6'B000110 ;
		26'B00000001?????????????????? : inst_cellmath__69_0_out0_tmp_0 = 6'B000111 ;
		26'B000000001????????????????? : inst_cellmath__69_0_out0_tmp_0 = 6'B001000 ;
		26'B0000000001???????????????? : inst_cellmath__69_0_out0_tmp_0 = 6'B001001 ;
		26'B00000000001??????????????? : inst_cellmath__69_0_out0_tmp_0 = 6'B001010 ;
		26'B000000000001?????????????? : inst_cellmath__69_0_out0_tmp_0 = 6'B001011 ;
		26'B0000000000001????????????? : inst_cellmath__69_0_out0_tmp_0 = 6'B001100 ;
		26'B00000000000001???????????? : inst_cellmath__69_0_out0_tmp_0 = 6'B001101 ;
		26'B000000000000001??????????? : inst_cellmath__69_0_out0_tmp_0 = 6'B001110 ;
		26'B0000000000000001?????????? : inst_cellmath__69_0_out0_tmp_0 = 6'B001111 ;
		26'B00000000000000001????????? : inst_cellmath__69_0_out0_tmp_0 = 6'B010000 ;
		26'B000000000000000001???????? : inst_cellmath__69_0_out0_tmp_0 = 6'B010001 ;
		26'B0000000000000000001??????? : inst_cellmath__69_0_out0_tmp_0 = 6'B010010 ;
		26'B00000000000000000001?????? : inst_cellmath__69_0_out0_tmp_0 = 6'B010011 ;
		26'B000000000000000000001????? : inst_cellmath__69_0_out0_tmp_0 = 6'B010100 ;
		26'B0000000000000000000001???? : inst_cellmath__69_0_out0_tmp_0 = 6'B010101 ;
		26'B00000000000000000000001??? : inst_cellmath__69_0_out0_tmp_0 = 6'B010110 ;
		26'B000000000000000000000001?? : inst_cellmath__69_0_out0_tmp_0 = 6'B010111 ;
		26'B0000000000000000000000001? : inst_cellmath__69_0_out0_tmp_0 = 6'B011000 ;
		26'B00000000000000000000000001 : inst_cellmath__69_0_out0_tmp_0 = 6'B011001 ;
		default : inst_cellmath__69_0_out0_tmp_0 = 6'B100000 ;
	endcase
end
endmodule

module cynw_cm_float_add2_inst_cellmath__74_bdw3670301540_bdw (
	inst_cellmath__74_out0,
	inst_cellmath__74_in0,
	inst_cellmath__74_in1
	); /* architecture "behavioural" */ 
output [9:0] inst_cellmath__74_out0;
input [4:0] inst_cellmath__74_in0;
input [7:0] inst_cellmath__74_in1;

wire [9:0] inst_cellmath__74_out0_tmp_0;
assign inst_cellmath__74_out0_tmp_0 = 
	-(inst_cellmath__74_in0)
	+(inst_cellmath__74_in1);
assign inst_cellmath__74_out0 = inst_cellmath__74_out0_tmp_0
	+(10'B0000000001);
endmodule

module cynw_cm_float_add2_inst_cellmath__77__39__bdw3670301540_bdw (
	inst_cellmath__77__39__out0,
	inst_cellmath__77__39__in0
	); /* architecture "behavioural" */ 
output [0:0] inst_cellmath__77__39__out0;
input [9:0] inst_cellmath__77__39__in0;

assign inst_cellmath__77__39__out0 = ((14'B10000000000000 ^ 14'B00000011111110)<(14'B10000000000000 ^ {{4{inst_cellmath__77__39__in0[9]}}, inst_cellmath__77__39__in0}));
endmodule

module cynw_cm_float_add2_inst_cellmath__77_0_bdw3670301540_bdw (
	inst_cellmath__77_0_out0,
	inst_cellmath__77_0_in0,
	inst_cellmath__77_0_in1
	); /* architecture "behavioural" */ 
output  inst_cellmath__77_0_out0;
input [0:0] inst_cellmath__77_0_in0;
input [5:5] inst_cellmath__77_0_in1;

assign inst_cellmath__77_0_out0 = 
	((~inst_cellmath__77_0_in1))
	&(inst_cellmath__77_0_in0);
endmodule

module cynw_cm_float_add2_inst_cellmath__80__43__bdw3670301540_bdw (
	inst_cellmath__80__43__out0,
	inst_cellmath__80__43__in0,
	inst_cellmath__80__43__in1,
	inst_cellmath__80__43__in2
	); /* architecture "behavioural" */ 
output [0:0] inst_cellmath__80__43__out0;
input  inst_cellmath__80__43__in0,
	inst_cellmath__80__43__in1,
	inst_cellmath__80__43__in2;

assign inst_cellmath__80__43__out0 = 
	(inst_cellmath__80__43__in0)
	|(inst_cellmath__80__43__in2)
	|(inst_cellmath__80__43__in1);
endmodule

module cynw_cm_float_add2_inst_cellmath__80_0_bdw3670301540_bdw (
	inst_cellmath__80_0_out0,
	inst_cellmath__80_0_in0,
	inst_cellmath__80_0_in1
	); /* architecture "behavioural" */ 
output  inst_cellmath__80_0_out0;
input [0:0] inst_cellmath__80_0_in0;
input  inst_cellmath__80_0_in1;

assign inst_cellmath__80_0_out0 = 
	(inst_cellmath__80_0_in0)
	&((~inst_cellmath__80_0_in1));
endmodule

module cynw_cm_float_add2_inst_cellmath__78__40__bdw3670301540_bdw (
	inst_cellmath__78__40__out0,
	inst_cellmath__78__40__in0
	); /* architecture "behavioural" */ 
output [0:0] inst_cellmath__78__40__out0;
input [9:0] inst_cellmath__78__40__in0;

assign inst_cellmath__78__40__out0 = ((14'B10000000000000 ^ {{4{inst_cellmath__78__40__in0[9]}}, inst_cellmath__78__40__in0})<=(14'B10000000000000 ^ 14'B00000000000000));
endmodule

module cynw_cm_float_add2_inst_cellmath__78_0_bdw3670301540_bdw (
	inst_cellmath__78_0_out0,
	inst_cellmath__78_0_in0,
	inst_cellmath__78_0_in1
	); /* architecture "behavioural" */ 
output  inst_cellmath__78_0_out0;
input [0:0] inst_cellmath__78_0_in0;
input [5:5] inst_cellmath__78_0_in1;

assign inst_cellmath__78_0_out0 = 
	(inst_cellmath__78_0_in1)
	|(inst_cellmath__78_0_in0);
endmodule

module cynw_cm_float_add2_inst_cellmath__81_0_bdw3670301540_bdw (
	inst_cellmath__81_0_out0,
	inst_cellmath__81_0_in0,
	inst_cellmath__81_0_in1,
	inst_cellmath__81_0_in2
	); /* architecture "behavioural" */ 
output  inst_cellmath__81_0_out0;
input  inst_cellmath__81_0_in0,
	inst_cellmath__81_0_in1,
	inst_cellmath__81_0_in2;

assign inst_cellmath__81_0_out0 = 
	((~inst_cellmath__81_0_in0))
	&(inst_cellmath__81_0_in2)
	&((~inst_cellmath__81_0_in1));
endmodule

module cynw_cm_float_add2_inst_cellmath__83_0_bdw3670301540_bdw (
	inst_cellmath__83_0_out0,
	inst_cellmath__83_0_in0,
	inst_cellmath__83_0_in1,
	inst_cellmath__83_0_in2,
	inst_cellmath__83_0_in3
	); /* architecture "behavioural" */ 
output [7:0] inst_cellmath__83_0_out0;
input  inst_cellmath__83_0_in0,
	inst_cellmath__83_0_in1,
	inst_cellmath__83_0_in2;
input [7:0] inst_cellmath__83_0_in3;
wire [2:0] inst_cellmath__79_0;

assign inst_cellmath__79_0 = {inst_cellmath__83_0_in2,inst_cellmath__83_0_in1,inst_cellmath__83_0_in0};

reg [7:0] inst_cellmath__83_0_out0_tmp_0;
assign inst_cellmath__83_0_out0 = inst_cellmath__83_0_out0_tmp_0;
always @ (inst_cellmath__79_0 or inst_cellmath__83_0_in3) begin
	casez (inst_cellmath__79_0)
		3'B000 : inst_cellmath__83_0_out0_tmp_0 = inst_cellmath__83_0_in3 ;
		3'B01? : inst_cellmath__83_0_out0_tmp_0 = 8'B11111111 ;
		3'B1?? : inst_cellmath__83_0_out0_tmp_0 = 8'B11111111 ;
		default : inst_cellmath__83_0_out0_tmp_0 = {8{1'b0}} ;
	endcase
end
endmodule

module cynw_cm_float_add2_inst_cellmath__86__56__bdw3670301540_bdw (
	inst_cellmath__86__56__out0,
	inst_cellmath__86__56__in0
	); /* architecture "behavioural" */ 
output [0:0] inst_cellmath__86__56__out0;
input [7:0] inst_cellmath__86__56__in0;

assign inst_cellmath__86__56__out0 = ((15'B100000000000000 ^ inst_cellmath__86__56__in0)>=(15'B100000000000000 ^ 15'B000000011111111));
endmodule

module cynw_cm_float_add2_inst_cellmath__86__55__bdw3670301540_bdw (
	inst_cellmath__86__55__out0,
	inst_cellmath__86__55__in0,
	inst_cellmath__86__55__in1
	); /* architecture "behavioural" */ 
output [0:0] inst_cellmath__86__55__out0;
input [0:0] inst_cellmath__86__55__in0;
input  inst_cellmath__86__55__in1;

assign inst_cellmath__86__55__out0 = 
	(inst_cellmath__86__55__in1)
	|(inst_cellmath__86__55__in0);
endmodule

module cynw_cm_float_add2_inst_cellmath__86_0_bdw3670301540_bdw (
	inst_cellmath__86_0_out0,
	inst_cellmath__86_0_in0,
	inst_cellmath__86_0_in1,
	inst_cellmath__86_0_in2
	); /* architecture "behavioural" */ 
output  inst_cellmath__86_0_out0;
input [0:0] inst_cellmath__86_0_in0;
input  inst_cellmath__86_0_in1,
	inst_cellmath__86_0_in2;

assign inst_cellmath__86_0_out0 = 
	(inst_cellmath__86_0_in0)
	&((~inst_cellmath__86_0_in2))
	&((~inst_cellmath__86_0_in1));
endmodule

module cynw_cm_float_add2_inst_cellmath__87__58__bdw3670301540_bdw (
	inst_cellmath__87__58__out0,
	inst_cellmath__87__58__in0
	); /* architecture "behavioural" */ 
output [0:0] inst_cellmath__87__58__out0;
input [7:0] inst_cellmath__87__58__in0;

assign inst_cellmath__87__58__out0 = ((12'B100000000000 ^ inst_cellmath__87__58__in0)<=(12'B100000000000 ^ 12'B000000000000));
endmodule

module cynw_cm_float_add2_inst_cellmath__87__57__bdw3670301540_bdw (
	inst_cellmath__87__57__out0,
	inst_cellmath__87__57__in0,
	inst_cellmath__87__57__in1
	); /* architecture "behavioural" */ 
output [0:0] inst_cellmath__87__57__out0;
input [0:0] inst_cellmath__87__57__in0;
input  inst_cellmath__87__57__in1;

assign inst_cellmath__87__57__out0 = 
	(inst_cellmath__87__57__in1)
	|(inst_cellmath__87__57__in0);
endmodule

module cynw_cm_float_add2_inst_cellmath__87_0_bdw3670301540_bdw (
	inst_cellmath__87_0_out0,
	inst_cellmath__87_0_in0,
	inst_cellmath__87_0_in1,
	inst_cellmath__87_0_in2
	); /* architecture "behavioural" */ 
output  inst_cellmath__87_0_out0;
input [0:0] inst_cellmath__87_0_in0;
input  inst_cellmath__87_0_in1,
	inst_cellmath__87_0_in2;

assign inst_cellmath__87_0_out0 = 
	(inst_cellmath__87_0_in0)
	&((~inst_cellmath__87_0_in2))
	&((~inst_cellmath__87_0_in1));
endmodule

module cynw_cm_float_add2_inst_cellmath__89_0_bdw3670301540_bdw (
	inst_cellmath__89_0_out0,
	inst_cellmath__89_0_in0,
	inst_cellmath__89_0_in1,
	inst_cellmath__89_0_in2,
	inst_cellmath__89_0_in3
	); /* architecture "behavioural" */ 
output [7:0] inst_cellmath__89_0_out0;
input  inst_cellmath__89_0_in0,
	inst_cellmath__89_0_in1;
input [7:0] inst_cellmath__89_0_in2;
input  inst_cellmath__89_0_in3;
wire [2:0] inst_cellmath__79_2;

assign inst_cellmath__79_2 = {inst_cellmath__89_0_in3,inst_cellmath__89_0_in1,inst_cellmath__89_0_in0};

reg [7:0] inst_cellmath__89_0_out0_tmp_0;
assign inst_cellmath__89_0_out0 = inst_cellmath__89_0_out0_tmp_0;
always @ (inst_cellmath__79_2 or inst_cellmath__89_0_in2) begin
	casez (inst_cellmath__79_2)
		3'B000 : inst_cellmath__89_0_out0_tmp_0 = inst_cellmath__89_0_in2 ;
		3'B01? : inst_cellmath__89_0_out0_tmp_0 = 8'B11111111 ;
		3'B1?? : inst_cellmath__89_0_out0_tmp_0 = 8'B11111111 ;
		default : inst_cellmath__89_0_out0_tmp_0 = {8{1'b0}} ;
	endcase
end
endmodule

module cynw_cm_float_add2_inst_cellmath__71_0_bdw3670301540_bdw (
	inst_cellmath__71_0_out0,
	inst_cellmath__71_0_in0,
	inst_cellmath__71_0_in1
	); /* architecture "behavioural" */ 
output [24:0] inst_cellmath__71_0_out0;
input [4:0] inst_cellmath__71_0_in0;
input [25:0] inst_cellmath__71_0_in1;

assign inst_cellmath__71_0_out0 = inst_cellmath__71_0_in1[24:0] << inst_cellmath__71_0_in0;
endmodule

module cynw_cm_float_add2_inst_cellmath__90_0_bdw3670301540_bdw (
	inst_cellmath__90_0_out0,
	inst_cellmath__90_0_in0,
	inst_cellmath__90_0_in1,
	inst_cellmath__90_0_in2,
	inst_cellmath__90_0_in3,
	inst_cellmath__90_0_in4,
	inst_cellmath__90_0_in5
	); /* architecture "behavioural" */ 
output [22:0] inst_cellmath__90_0_out0;
input  inst_cellmath__90_0_in0,
	inst_cellmath__90_0_in1,
	inst_cellmath__90_0_in2,
	inst_cellmath__90_0_in3,
	inst_cellmath__90_0_in4;
input [24:2] inst_cellmath__90_0_in5;
wire [4:0] inst_cellmath__79_3;

assign inst_cellmath__79_3 = {inst_cellmath__90_0_in4,inst_cellmath__90_0_in1,inst_cellmath__90_0_in0,inst_cellmath__90_0_in3,inst_cellmath__90_0_in2};

reg [22:0] inst_cellmath__90_0_out0_tmp_0;
assign inst_cellmath__90_0_out0 = inst_cellmath__90_0_out0_tmp_0;
always @ (inst_cellmath__79_3 or inst_cellmath__90_0_in5) begin
	casez (inst_cellmath__79_3)
		5'B00000 : inst_cellmath__90_0_out0_tmp_0 = inst_cellmath__90_0_in5 ;
		5'B1???? : inst_cellmath__90_0_out0_tmp_0 = 23'B11111111111111111111111 ;
		default : inst_cellmath__90_0_out0_tmp_0 = {23{1'b0}} ;
	endcase
end
endmodule

/* CADENCE  v7fwSQrYog== : u9/ySgnWtBlWxVPRXgAZ4Og= ** DO NOT EDIT THIS LINE **/